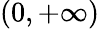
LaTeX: (0,+\infty)